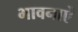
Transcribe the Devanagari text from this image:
भावनाऐं